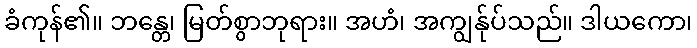
ခံကုန်၏။ ဘန္တေ၊ မြတ်စွာဘုရား။ အဟံ၊ အကျွန်ုပ်သည်။ ဒါယကော၊